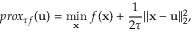
p r o x _ { \tau f } ( \mathbf { u } ) = \underset { \mathbf { x } } { \mathrm { m i n } } \; f ( \mathbf { x } ) + \frac { 1 } { 2 \tau } | | \mathbf { x } - \mathbf { u } | | _ { 2 } ^ { 2 } ,